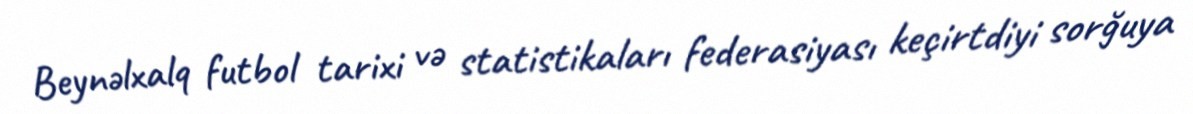
Beynəlxalq futbol tarixi və statistikaları federasiyası keçirtdiyi sorğuya